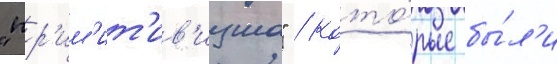
"пр'им'ит'ив'изма" / кото́рые бы́л'и